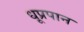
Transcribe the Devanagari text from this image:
धूप्रपान